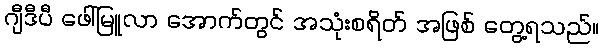
ဂျီဒီပီ ဖေါ်မြူလာ အောက်တွင် အသုံးစရိတ် အဖြစ် တွေ့ရသည်။